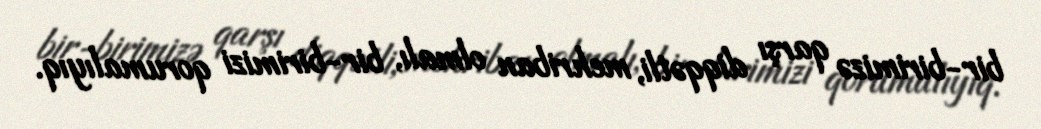
bir-birimizə qarşı diqqətli, mehriban olmalı, bir-birimizi qorumalıyıq.